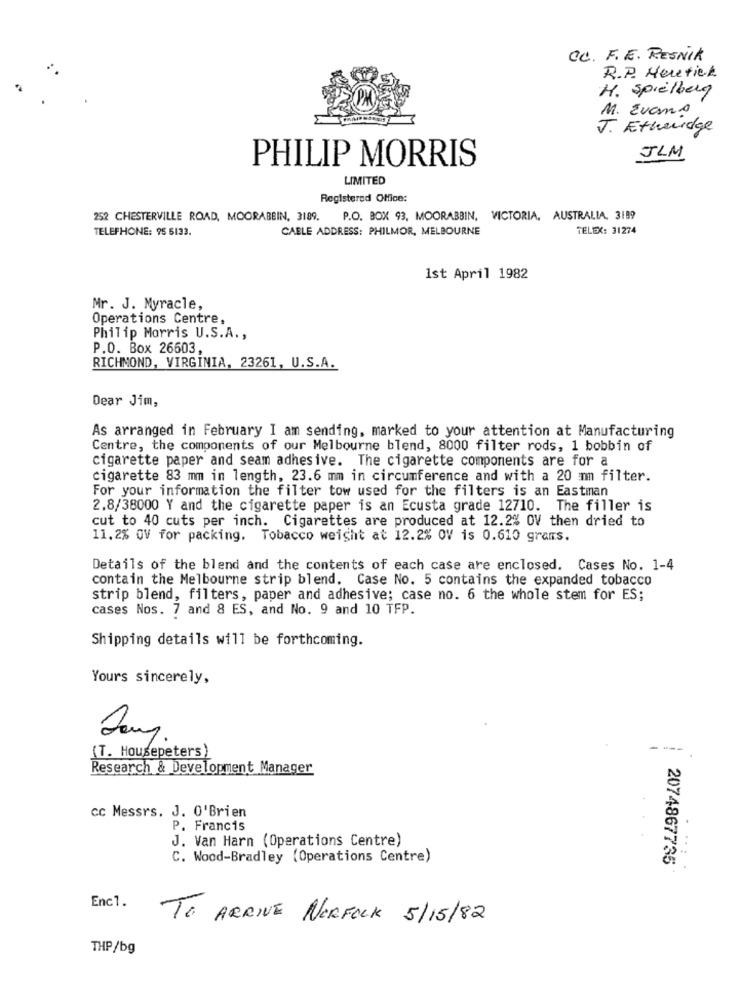
CC. F. E. RESNik
R.P. Heretick
H. spielberg
M. Evans
J. Etheridge
PHILIP MORRIS
JLM
LIMITED
Registered Office:
252 CHESTERVILLE ROAD, MOORABEIN, 3189.
P.O. BOX 93, MOORABBIN, VICTORIA, AUSTRALIA, 3189
TELEPHONE: 95 5133.
CABLE ADDRESS: PHILMOR, MELBOURNE
TELEX: 31274
1st April 1982
Mr. J. Myracle,
Operations Centre,
Philip Morris U.S.A .,
P.O. Box 26603,
RICHMOND, VIRGINIA, 23261, U.S.A.
Dear Jim,
As arranged in February I am sending, marked to your attention at Manufacturing
Centre, the components of our Melbourne blend, 8000 filter rods, 1 bobbin of
cigarette paper and seam adhesive. The cigarette components are for a
cigarette 83 mm in length, 23.6 mm in circumference and with a 20 mm filter.
For your information the filter tow used for the filters is an Eastman
2.8/38000 Y and the cigarette paper is an Ecusta grade 12710. The filler is
cut to 40 cuts per inch. Cigarettes are produced at 12.2% OV then dried to
11.2% OV for packing. Tobacco weight at 12.2% OV is 0.610 grams.
Details of the blend and the contents of each case are enclosed. Cases No. 1-4
contain the Melbourne strip blend. Case No. 5 contains the expanded tobacco
strip blend, filters, paper and adhesive; case no. 6 the whole stem for ES;
cases Nos. 7 and 8 ES, and No. 9 and 10 TFP.
Shipping details will be forthcoming.
Yours sincerely,
---
(T. Housepeters)
Research & Development Manager
cc Messrs. J. O'Brien
P. Francis
J. Van Harn (Operations Centre)
C. Wood-Bradley (Operations Centre)
2074867735
Enc1.
TO ARRIVE NORFOLK 5/15/82
THP/bg